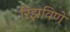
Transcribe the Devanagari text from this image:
रिझविणे